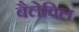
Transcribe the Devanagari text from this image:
बैलेविल